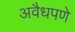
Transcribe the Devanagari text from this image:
अवैधपणे